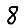
Digit: 8